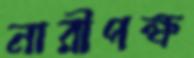
নারীপক্ষ